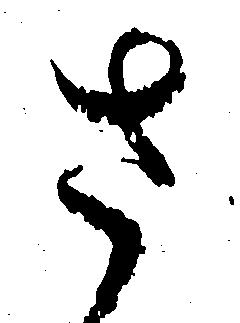
さ